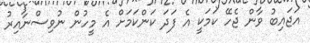
އަޖައިބު ވާން ޖެހޭ ކަމަކީ އެ ފަދަ ކަންކަމަށް އެ މީހުން ނުވިސްނާއިރު